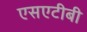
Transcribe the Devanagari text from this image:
एसएटीबी